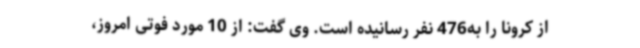
از کرونا را به476 نفر رسانیده است. وی گفت: از 10 مورد فوتی امروز،